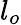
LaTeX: l_{o}